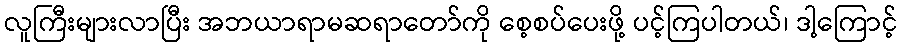
လူကြီးများလာပြီး အဘယာရာမဆရာတော်ကို စေ့စပ်ပေးဖို့ ပင့်ကြပါတယ်၊ ဒါ့ကြောင့်